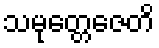
သမုတ္တေဇေတိ